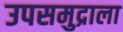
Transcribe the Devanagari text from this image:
उपसमुद्राला